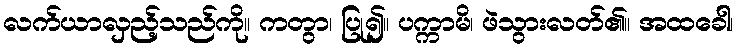
လက်ယာလှည့်သည်ကို။ ကတွာ၊ ပြု၍။ ပက္ကာမိ၊ ဖဲသွားလတ်၏။ အထခေါ၊